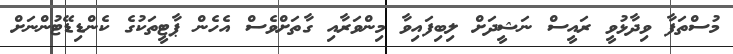
މުސްތަފާ ވިދާޅުވީ ރައީސް ނަޝީދަށް ލިބިފައިވާ މިންވަރާއި ގާތަށްވެސް އެހެން ޕާޓީތަކުގެ ކެންޑިޑޭޓުންނަށް